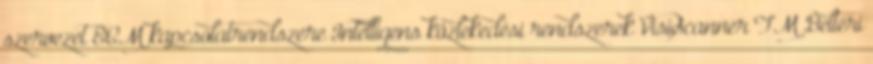
szervezet ECM kapcsolatrendszere Intelligens közlekedési rendszerek VisiScanner TM Beltéri